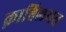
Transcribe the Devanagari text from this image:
क़ाबिलयत